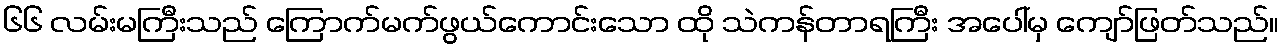
၆၆ လမ်းမကြီးသည် ကြောက်မက်ဖွယ်ကောင်းသော ထို သဲကန်တာရကြီး အပေါ်မှ ကျော်ဖြတ်သည်။